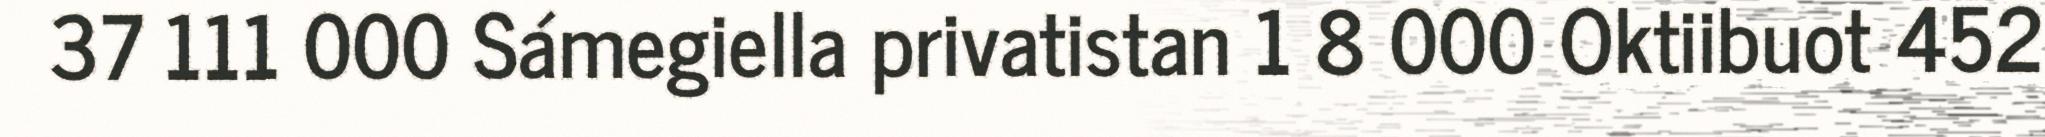
37 111 000 Sámegiella privatistan 1 8 000 Oktiibuot 452